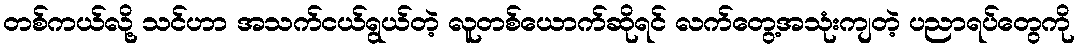
တစ်ကယ်လို့ သင်ဟာ အသက်ငယ်ရွယ်တဲ့ လူတစ်ယောက်ဆိုရင် လက်တွေ့အသုံးကျတဲ့ ပညာရပ်တွေကို